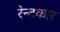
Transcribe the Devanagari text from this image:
रेन्टकार